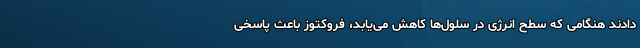
دادند هنگامی که سطح انرژی در سلول‌ها کاهش می‌یابد، فروکتوز باعث پاسخی